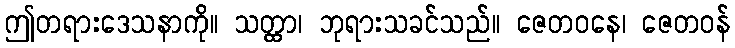
ဤတရားဒေသနာကို။ သတ္ထာ၊ ဘုရားသခင်သည်။ ဇေတဝနေ၊ ဇေတဝန်